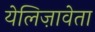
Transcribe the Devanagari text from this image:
येलिज़ावेता